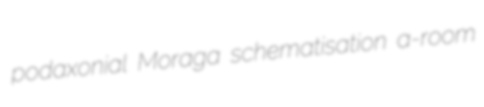
podaxonial Moraga schematisation a-room